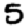
Digit: 5